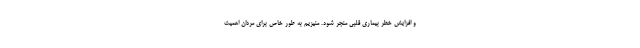
و افزایش خطر بیماری قلبی منجر شود. منیزیم به طور خاص برای مردان اهمیت